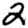
Digit: 2